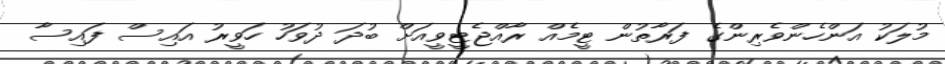
މުލަކު އަންހެންވެރިންގެ ފަރާތުން ޓީމެއް ރާއްޖެޓީވީއަށް ބުދަ ދުވަހު ހަވީރު އައިސް ފައިސާ